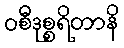
ဝစီဒုစ္စရိတာနိ